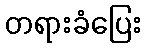
တရားခံပြေး